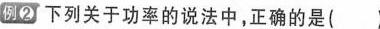
例②下列关于功率的说法中，正确的是（ ）